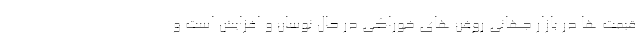
قیمت ها در بازار جهانی روغن های خوراکی در حال نوسان و افزایش است و